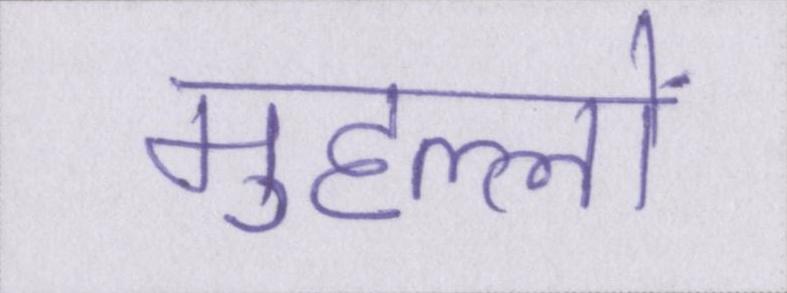
मुहल्लों